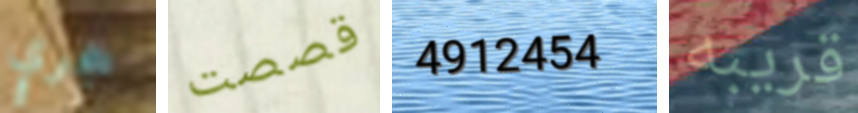
حجري قصصت 4912454 قريبه